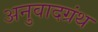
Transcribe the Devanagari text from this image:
अनुवादग्रंथ